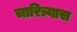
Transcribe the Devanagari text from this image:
चारित्र्यास